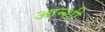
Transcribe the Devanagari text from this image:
आन्शी